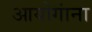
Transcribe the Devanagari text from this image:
आयोगांना